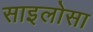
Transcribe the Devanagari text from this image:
साइलोसा